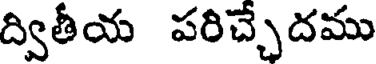
ద్వితీయ పరిచ్చదము